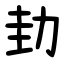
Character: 劸